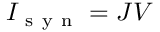
I _ { \mathrm { ~ s ~ y ~ n ~ } } = J V